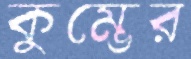
কুম্ভের